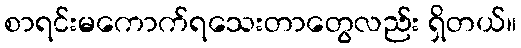
စာရင်းမကောက်ရသေးတာတွေလည်း ရှိတယ်။